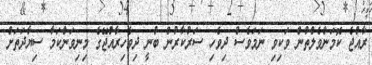
ރާއްޖެ ކޮމަންވެލްތުން ވަކިވި ނަމަވެސް ދިވެހި ސަރުކާރުން ބުނީ ދިވެހިރާއްޖޭގެ މިނިވަންކަމާ ސިޔާދަތަށް